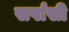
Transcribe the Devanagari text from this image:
सर्पासी